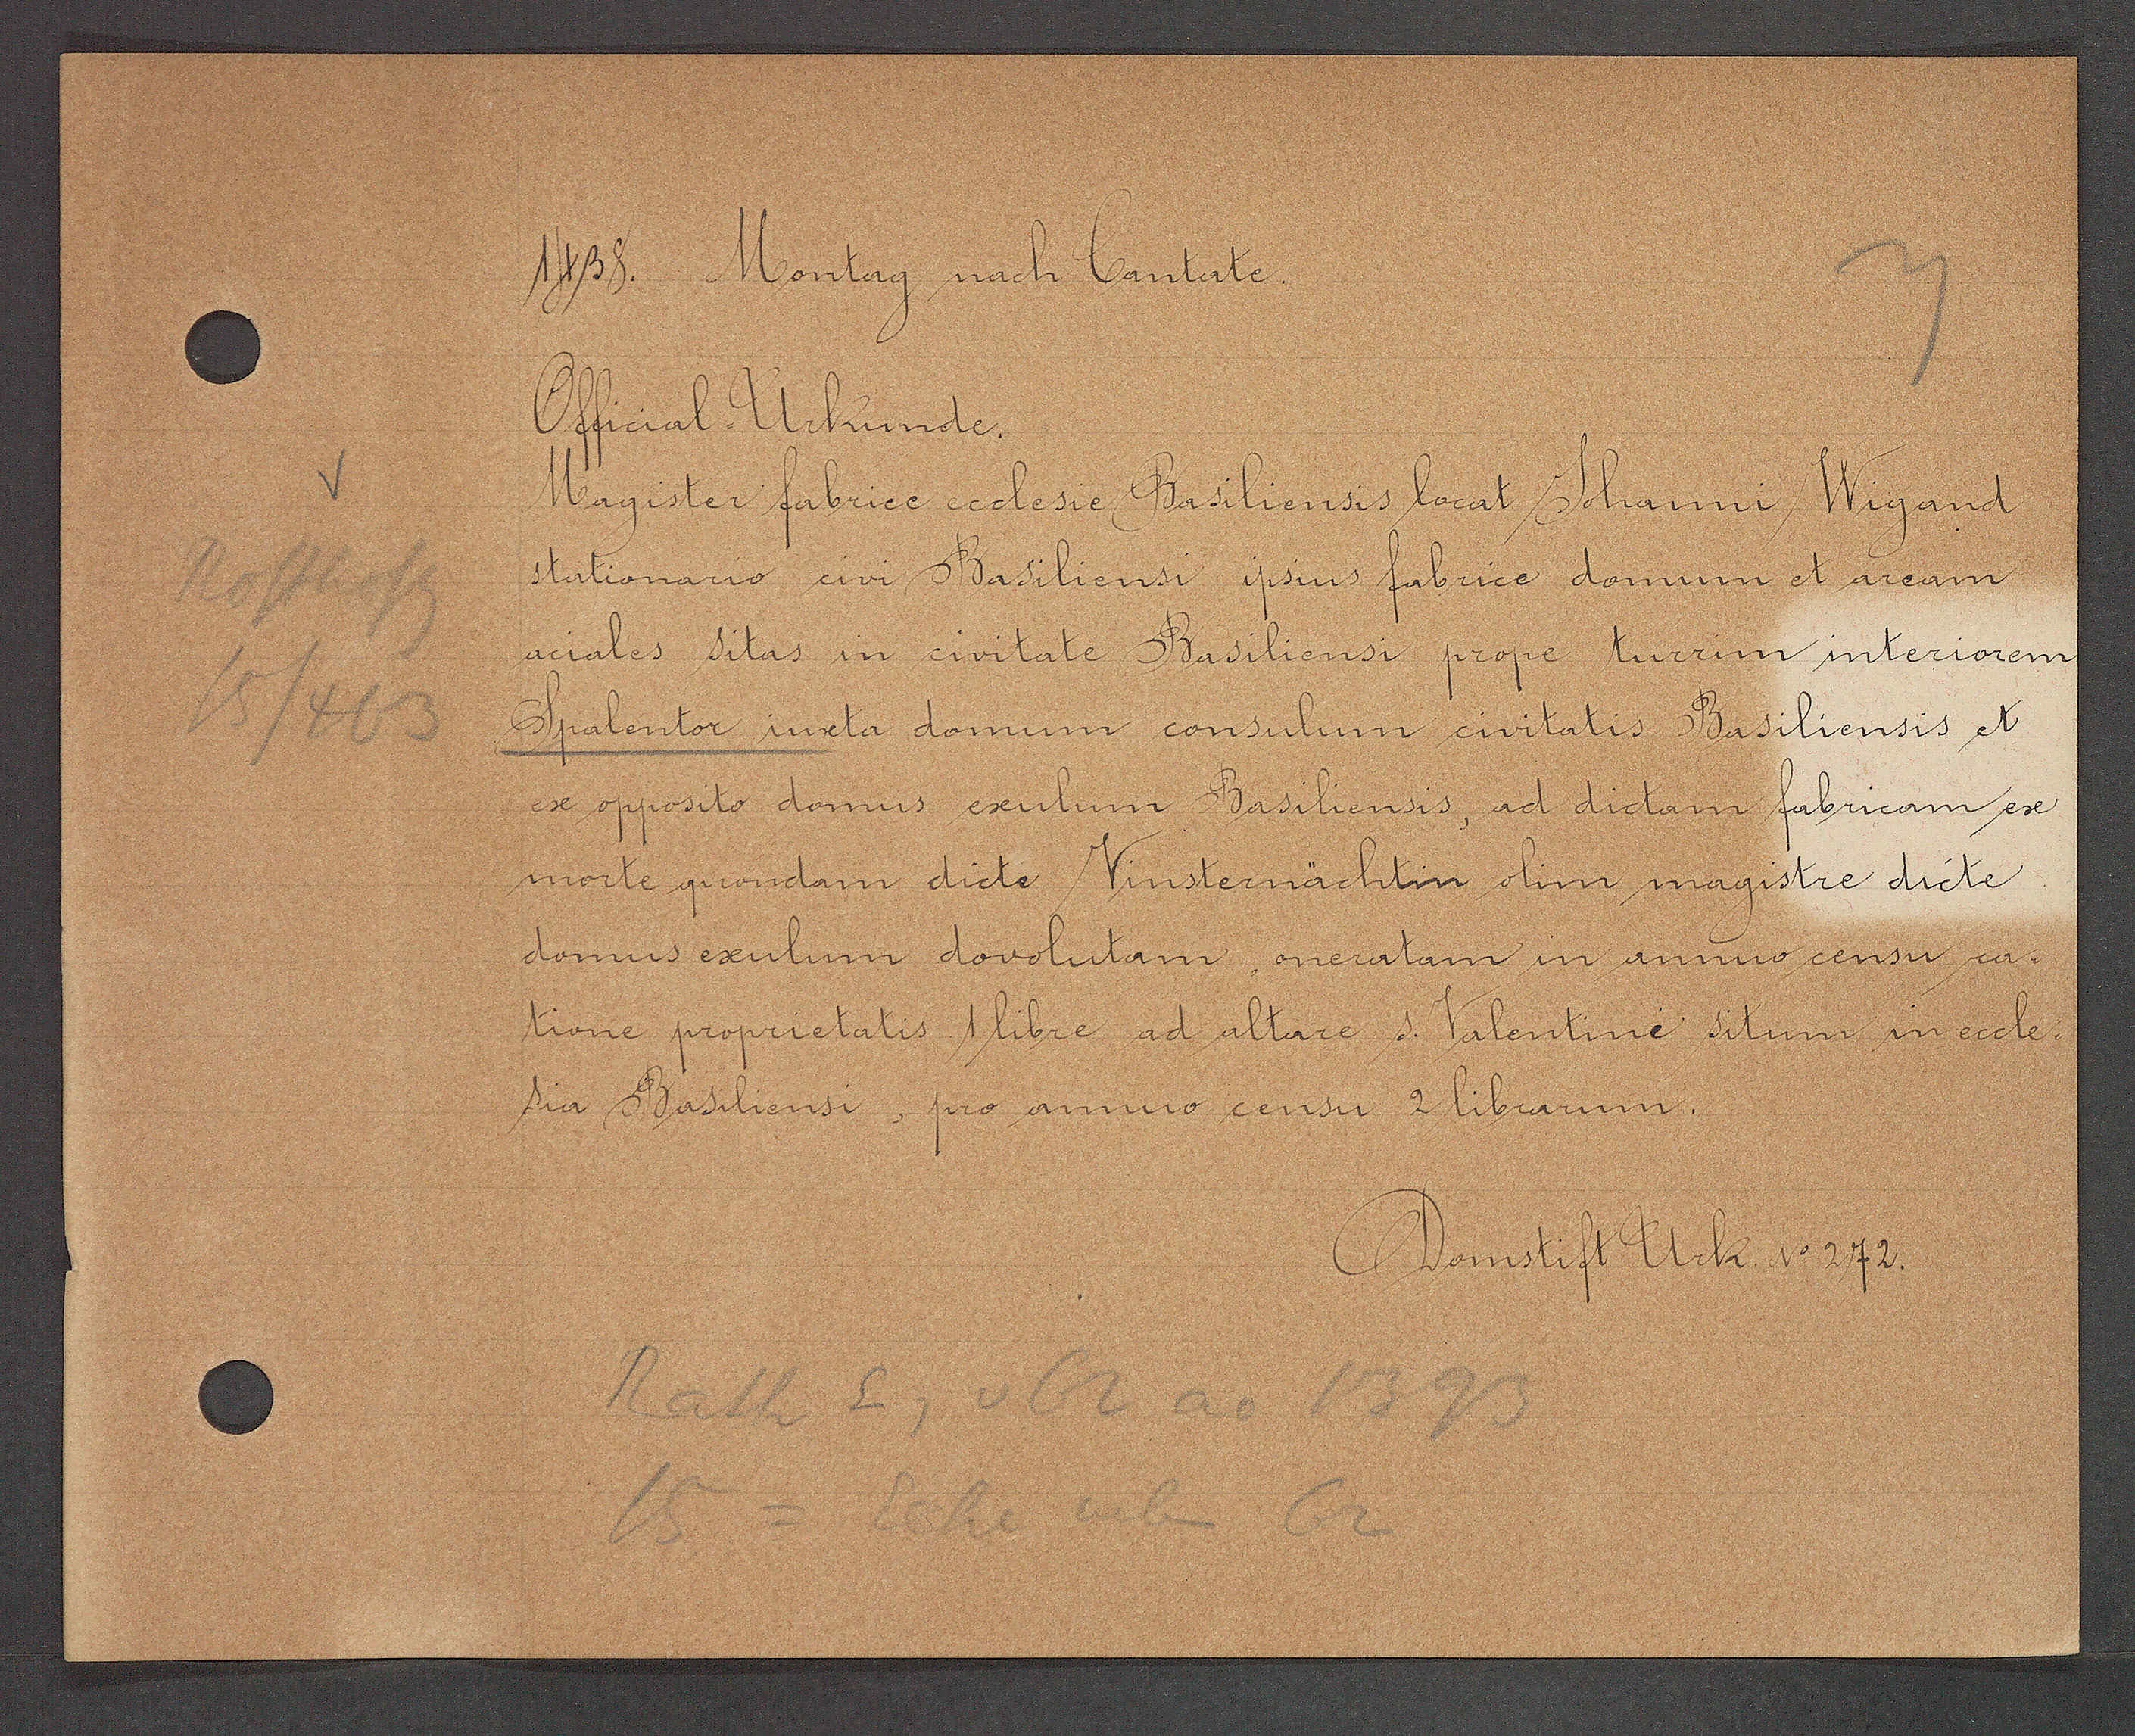
Transcript:
1438
Montag nach Cantate.

Official-Urkunde.
Magister fabrice ecclesie Basiliensis locat Johanni Wigand
stationario civi Basiliensi ipsius fabrice domum et aream
aciales sitas in civitate Basiliensi prope turrim interiorem
Spalentor iuxta domum consulum civitatis Basiliensis et
ex opposito domus exulum Basiliensis, ad dictam fabricam ex
morte quondam dicte Vinsternächtin olim magistre dicte
domus exulum dovolutam, oneratam in annuo censu ra¬
tione proprietatis 1 libre ad altare s. Valentine situm in eccle-
sia Basiliensi, pro annuo censu 2 librarum.

Domstift Urk. No 272.